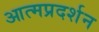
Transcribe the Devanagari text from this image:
आत्मप्रदर्शन